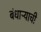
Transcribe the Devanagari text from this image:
बंधाऱ्याची